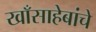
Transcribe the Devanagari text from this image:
खाँसाहेबांचे